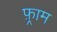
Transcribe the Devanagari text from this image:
फ़्राम